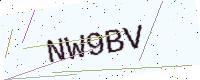
Text: NW9BV